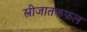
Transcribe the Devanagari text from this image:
स्त्रीजातकफ़ल